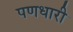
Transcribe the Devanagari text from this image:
पणधारी